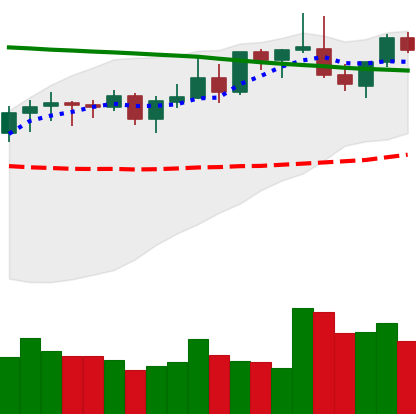
Ticker: LINK-USD
Chart end date: 2021-08-21
Forward return: -12.33%
Label: down_7plus